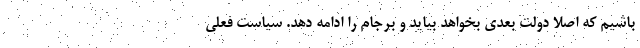
باشیم که اصلا دولت بعدی بخواهد بیاید و برجام را ادامه دهد. سیاست فعلی